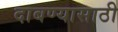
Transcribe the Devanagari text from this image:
दाबण्यासाठी